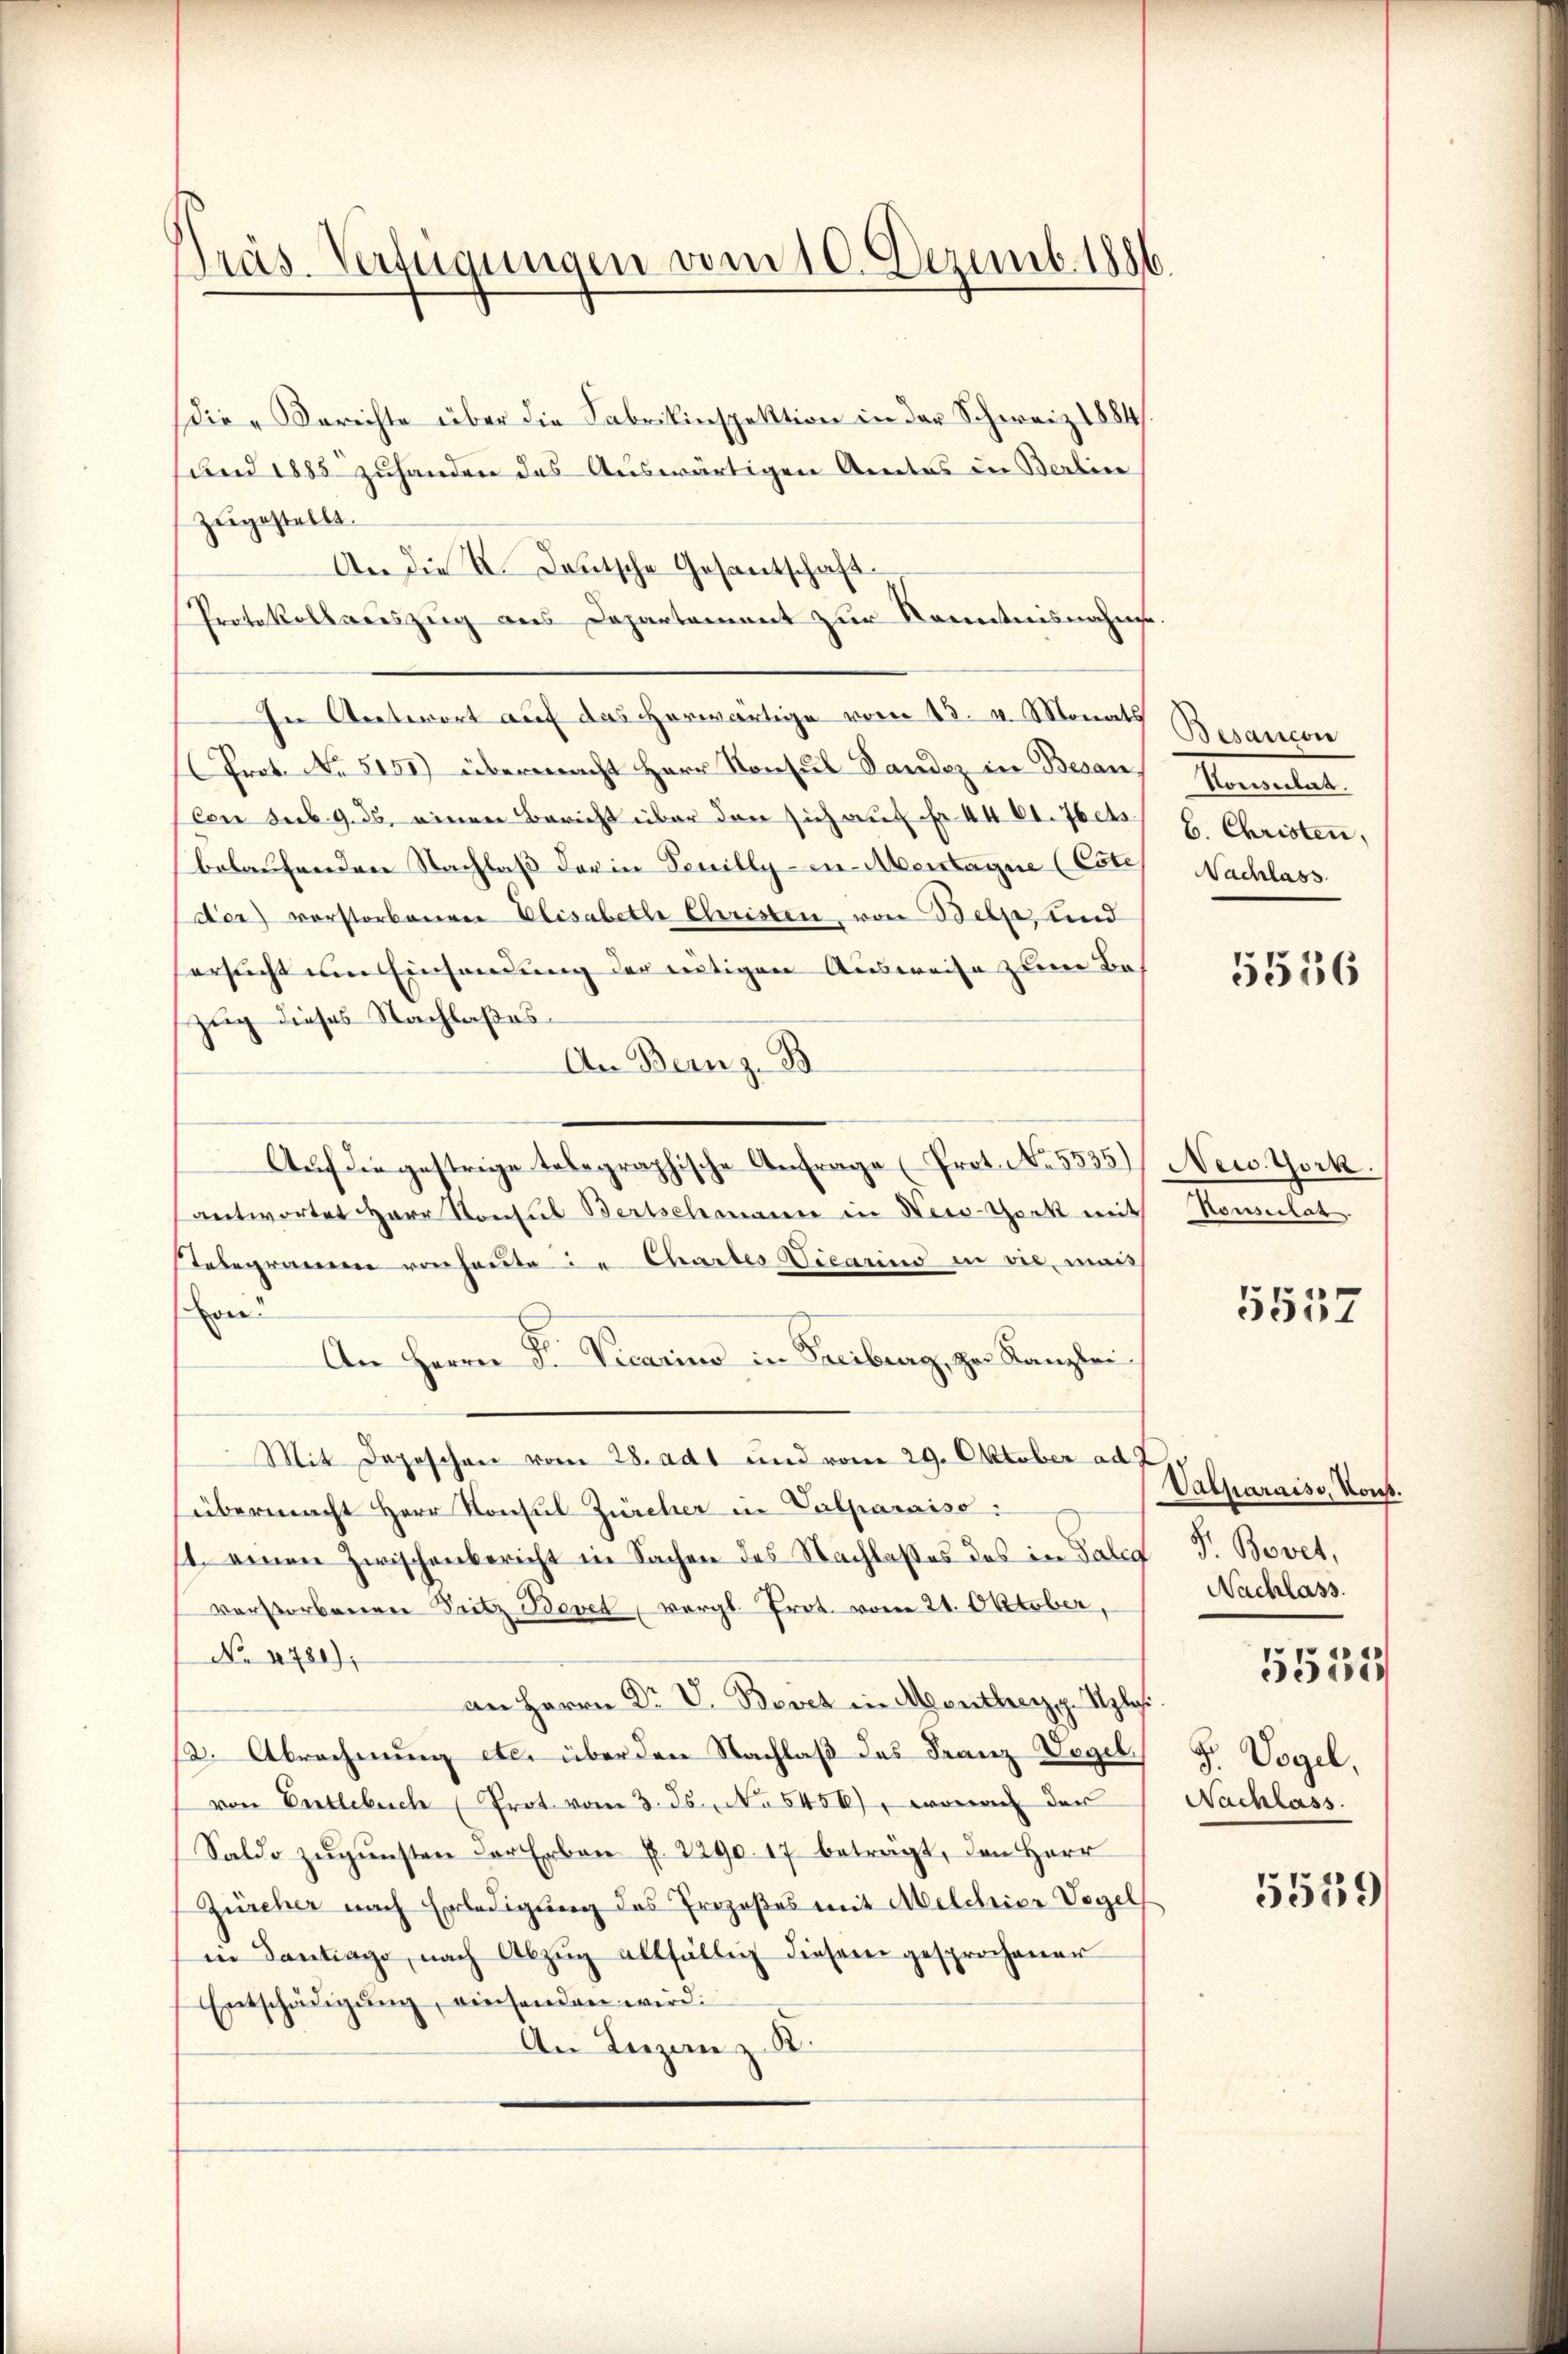
Präs. Verfügungen vom 10. Dezemb. 1886.

Die Berichte über die Fabrikinspektion in der Schweiz 1884.
und 1885 zuhanden des Auswärtigen Amtes in Berline
zugestellt.
An die K. Deutsche Gesantschaft¬
Protokollauszug aus Departement zur Kenntnisnahme.
In Antwort auf das herwärtige vom 13. v. Monats Brancor
Prot. No 5151) übermacht Herr Konsul Landes in Beraus Konsulat
(Con sub. 9. ds. einen Bericht über den sich auf Fr. 401. Jets.
belaufenden Nachlaß der in Feuilly - in Abentagne (Cotes Nachlass
der) vorstorbenen Elisabeth Christen, von Belp, und
ersucht um Einsendung der eutigen Ausweise zum Bezug dieses Nachlaßes
An Bern z. B.
Auf die gestrige telegraphische Anfrage (Prot. No. 5535/ New York.
antwortet Herr Konsul Bertschmann in New-York mit
stelegramm von heute in Chartes Vicarius in die mind
on
An Herrn Dr. Vicarius in Freiburg, zur Kanzlei
Mit Depeschen vom 28. adt und vom 29. Oktober ad J
übermacht Herr Konsul Zürcher in Valparaiso:
st einen Zwischenbericht in Sachen des Nachlaßes des in Talig P. Bovet,
verstorbenen Seitz Bovet, vergl. Prot. vom 21. Oktober,
No 4780),
an Herrn Dr V. Bovet in Montherz. Aplas
ß. Abrechnung etc. über den Nachlaß das Franz Degel
von Entlebuch (Prot. vom 3. ds. No 5456), wonach der
Saldo zŭgŭnsten der Erben f. 2290. 17 beträgt, den Herr
Zürcher nach Erledigung des Prozeßes mit Melchior Vogel
in Dantiago, nach Abzŭg allfällig diesem gesprochener
Entschädigung, einsenden wird:
An Liezen z. B.

b. Christen,

5556

Konsulat

5557

Valparais, Konst.
Nachlass.

5534

F. Vogel,
Nachlass

5559/